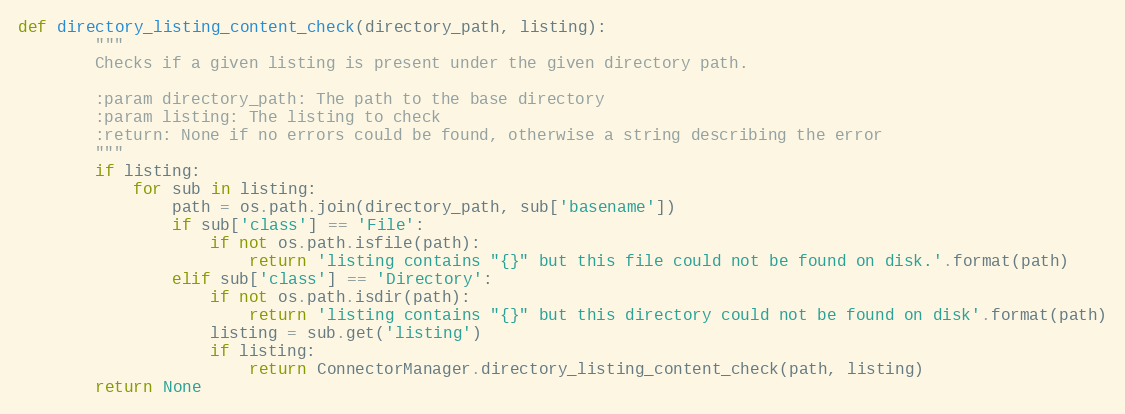
Language: Python
def directory_listing_content_check(directory_path, listing):
        """
        Checks if a given listing is present under the given directory path.

        :param directory_path: The path to the base directory
        :param listing: The listing to check
        :return: None if no errors could be found, otherwise a string describing the error
        """
        if listing:
            for sub in listing:
                path = os.path.join(directory_path, sub['basename'])
                if sub['class'] == 'File':
                    if not os.path.isfile(path):
                        return 'listing contains "{}" but this file could not be found on disk.'.format(path)
                elif sub['class'] == 'Directory':
                    if not os.path.isdir(path):
                        return 'listing contains "{}" but this directory could not be found on disk'.format(path)
                    listing = sub.get('listing')
                    if listing:
                        return ConnectorManager.directory_listing_content_check(path, listing)
        return None